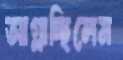
আগ্‌লাচ্ছিলেম